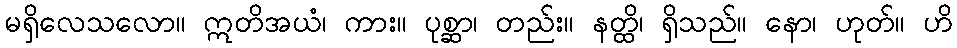
မရှိလေသလော။ ဣတိအယံ၊ ကား။ ပုစ္ဆာ၊ တည်း။ နတ္ထိ၊ ရှိသည်။ နော၊ ဟုတ်။ ဟိ